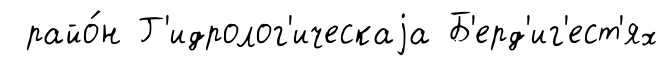
райо́н Г'идролог'ическаjа Б'ерд'иг'ест'ях